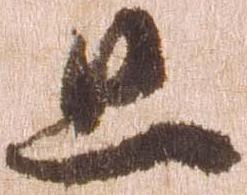
且